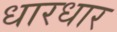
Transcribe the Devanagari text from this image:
धारधार